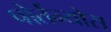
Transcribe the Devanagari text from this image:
पोर्तेन्योस